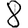
Digit: 8